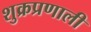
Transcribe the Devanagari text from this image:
शुक्रप्रणाली